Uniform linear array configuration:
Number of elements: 24
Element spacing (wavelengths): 0.25
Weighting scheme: hamming
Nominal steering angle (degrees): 15
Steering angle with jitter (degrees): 15.173
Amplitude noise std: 0.05
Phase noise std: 0.05

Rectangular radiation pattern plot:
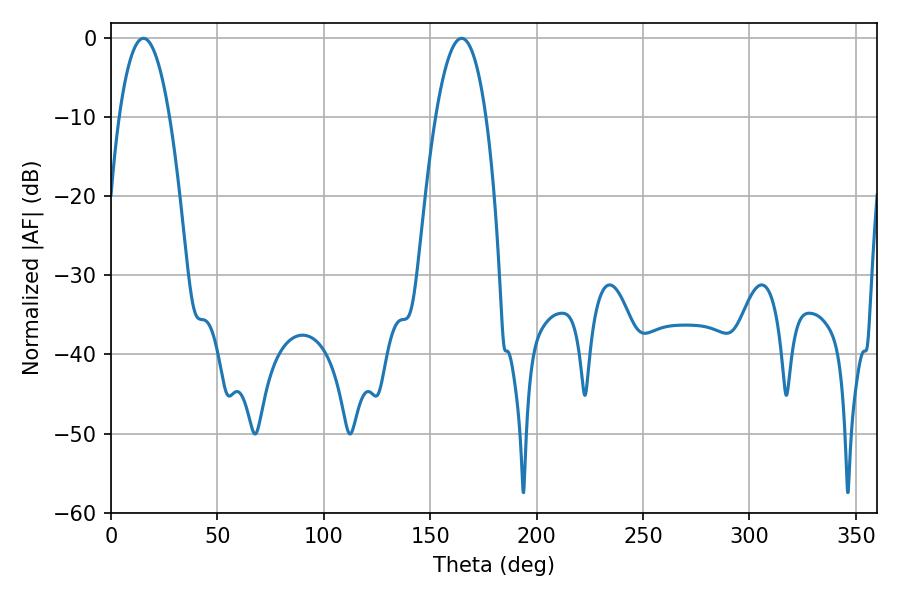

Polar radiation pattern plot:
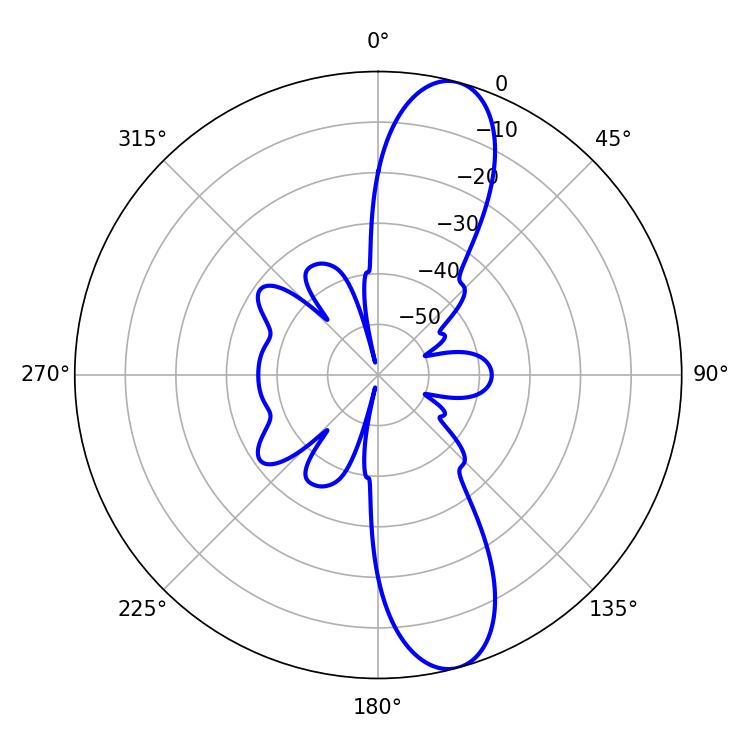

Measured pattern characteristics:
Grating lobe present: FALSE
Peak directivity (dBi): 11.878
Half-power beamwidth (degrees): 13.14
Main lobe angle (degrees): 164.7